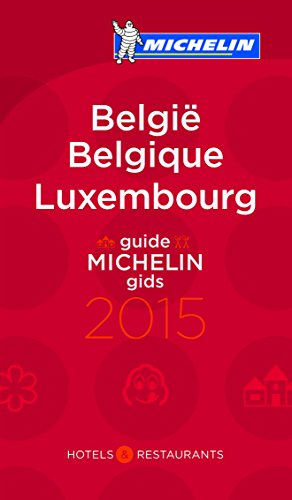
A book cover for Belgium Luxembourg 2015 (Michelin Guides); Travel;